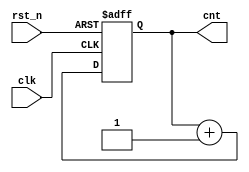
module pulses_reg(
    input   wire            clk,
    input   wire            rst_n,
    output  reg     [3:0]   cnt    
);

wire    [3:0]   cnt_n;

assign cnt_n = cnt + 1'b1;

always @(posedge clk or negedge rst_n)begin
    if(rst_n == 1'b0)
        cnt <= 4'd0;
    else
        cnt <= cnt_n;
end


endmodule